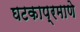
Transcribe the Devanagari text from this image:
घटकाप्रमाणे